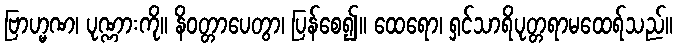
ဗြာဟ္မဏ၊ ပုဏ္ဏားကို။ နိဝတ္တာပေတွာ၊ ပြန်စေ၍။ ထေရော၊ ရှင်သာရိပုတ္တရာမထေရ်သည်။